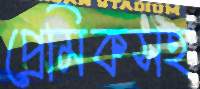
প্রেমিকসহ